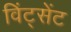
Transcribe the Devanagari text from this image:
विंट्सेंट